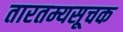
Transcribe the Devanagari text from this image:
तारतम्यसूचक